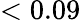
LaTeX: <0.09